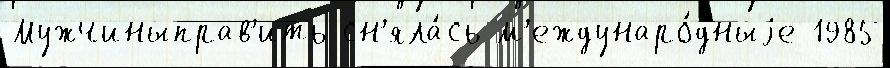
Мужчиныправ'ить сн'яла́сь м'еждунаро́дныjе 1985